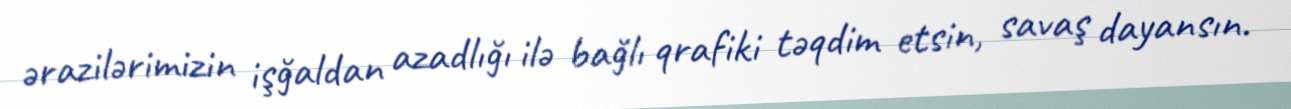
ərazilərimizin işğaldan azadlığı ilə bağlı qrafiki təqdim etsin, savaş dayansın.